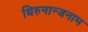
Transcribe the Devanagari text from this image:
थिरुनान्जनाम